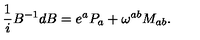
{ \frac { 1 } { i } } B ^ { - 1 } d B = e ^ { a } P _ { a } + \omega ^ { a b } M _ { a b } .